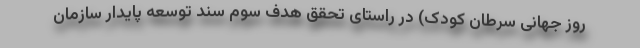
روز جهانی سرطان کودک) در راستای تحقق هدف سوم سند توسعه پايدار سازمان